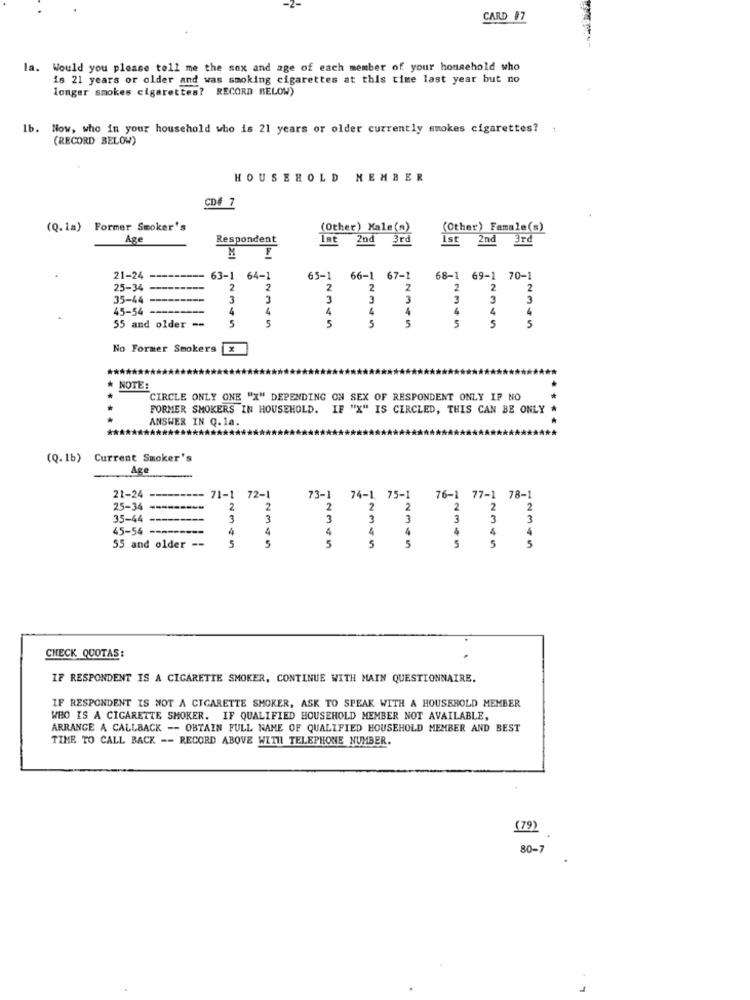
CARD #7
la.
Would you please tell me the sex and age of each member of your household who
is 21 years or older and was smoking cigarettes at this time last year but no
longer smokes cigarettes? RECORD BELOW)
lb. Now, who in your household who is 21 years or older currently smokes cigarettes?
(RECORD BELOW)
HOUSEHOLD MEMBER
CD# 7
(Q.1a) Former Smoker's
(Other) Xale(=)
(Other) Famale(s)
Age
Respondent
Ist 2nd
3rd
Ist 2nd 3rd
M
21-24
63-1 64-1
65-1
66-1 67-1
68-1 69-1 70-1
25-34
2
2
2
2
2
35-44
3
3
3
3
45-54 --
4
4
4
4
5
5
5
55 and older --
5
5
No Former Smokers X
* NOTE:
CIRCLE ONLY ONE "X" DEPENDING ON SEX OF RESPONDENT ONLY IP NO
FORMER SMOKERS IN HOUSEHOLD. IF "X" IS CIRCLED, THIS CAN BE ONLY
ANSWER IN Q.14.
(Q.1b) Current Smoker's
Age
21-24
71-1 72-1
73-1 74-1 75-1 76-1 77-1 78-1
25-34
2
35-44
45-54 --------
5
55 and older --
1 : 177 777
CHECK QUOTAS:
IF RESPONDENT IS A CIGARETTE SMOKER, CONTINUE WITH MAIN QUESTIONNAIRE.
IF RESPONDENT IS NOT A CIGARETTE SMOKER, ASK TO SPEAK WITH A HOUSEHOLD MEMBER
WBO IS A CIGARETTE SMOKER. IF QUALIFIED HOUSEHOLD MEMBER NOT AVAILABLE,
ARRANGE A CALLBACK -- OBTAIN FULL NAME OF QUALIFIED HOUSEHOLD MEMBER AND BEST
TIME TO CALL BACK -- RECORD ABOVE WITH TELEPHONE NUMBER.
(79)
80-7